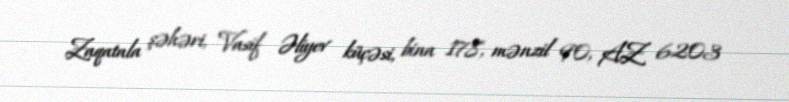
Zaqatala şəhəri, Vasif Əliyev küçəsi, bina 178, mənzil 90, AZ 6203